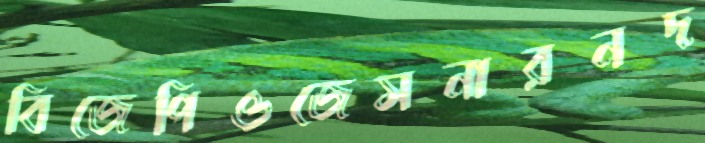
বিজেপিওজেসনারনদ